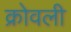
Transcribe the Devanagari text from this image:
क्रोवली